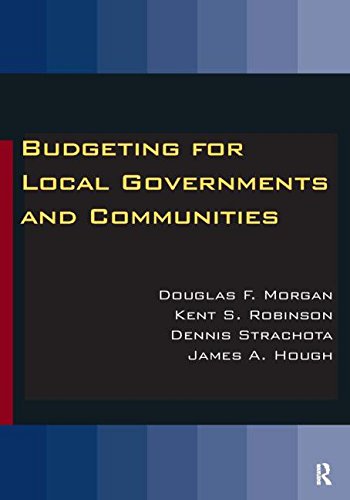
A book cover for Budgeting for Local Governments and Communities; Douglas Morgan; Business & Money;